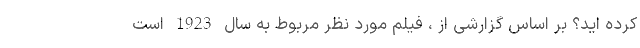
کرده اید؟ بر اساس گزارشی از ، فیلم مورد نظر مربوط به سال 1923 است